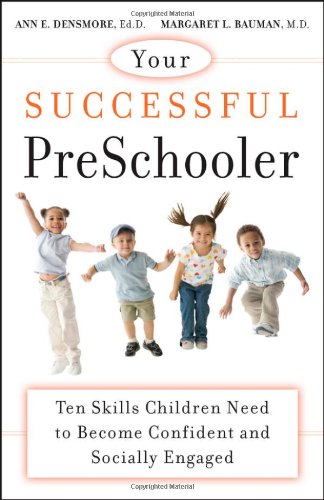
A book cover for Your Successful Preschooler: Ten Skills Children Need to Become Confident and Socially Engaged; Ann E. Densmore; Parenting & Relationships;